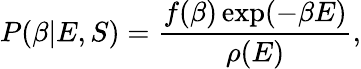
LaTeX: P(\beta|E,S)=\frac{f(\beta)\exp(-\beta E)}{\rho(E)},